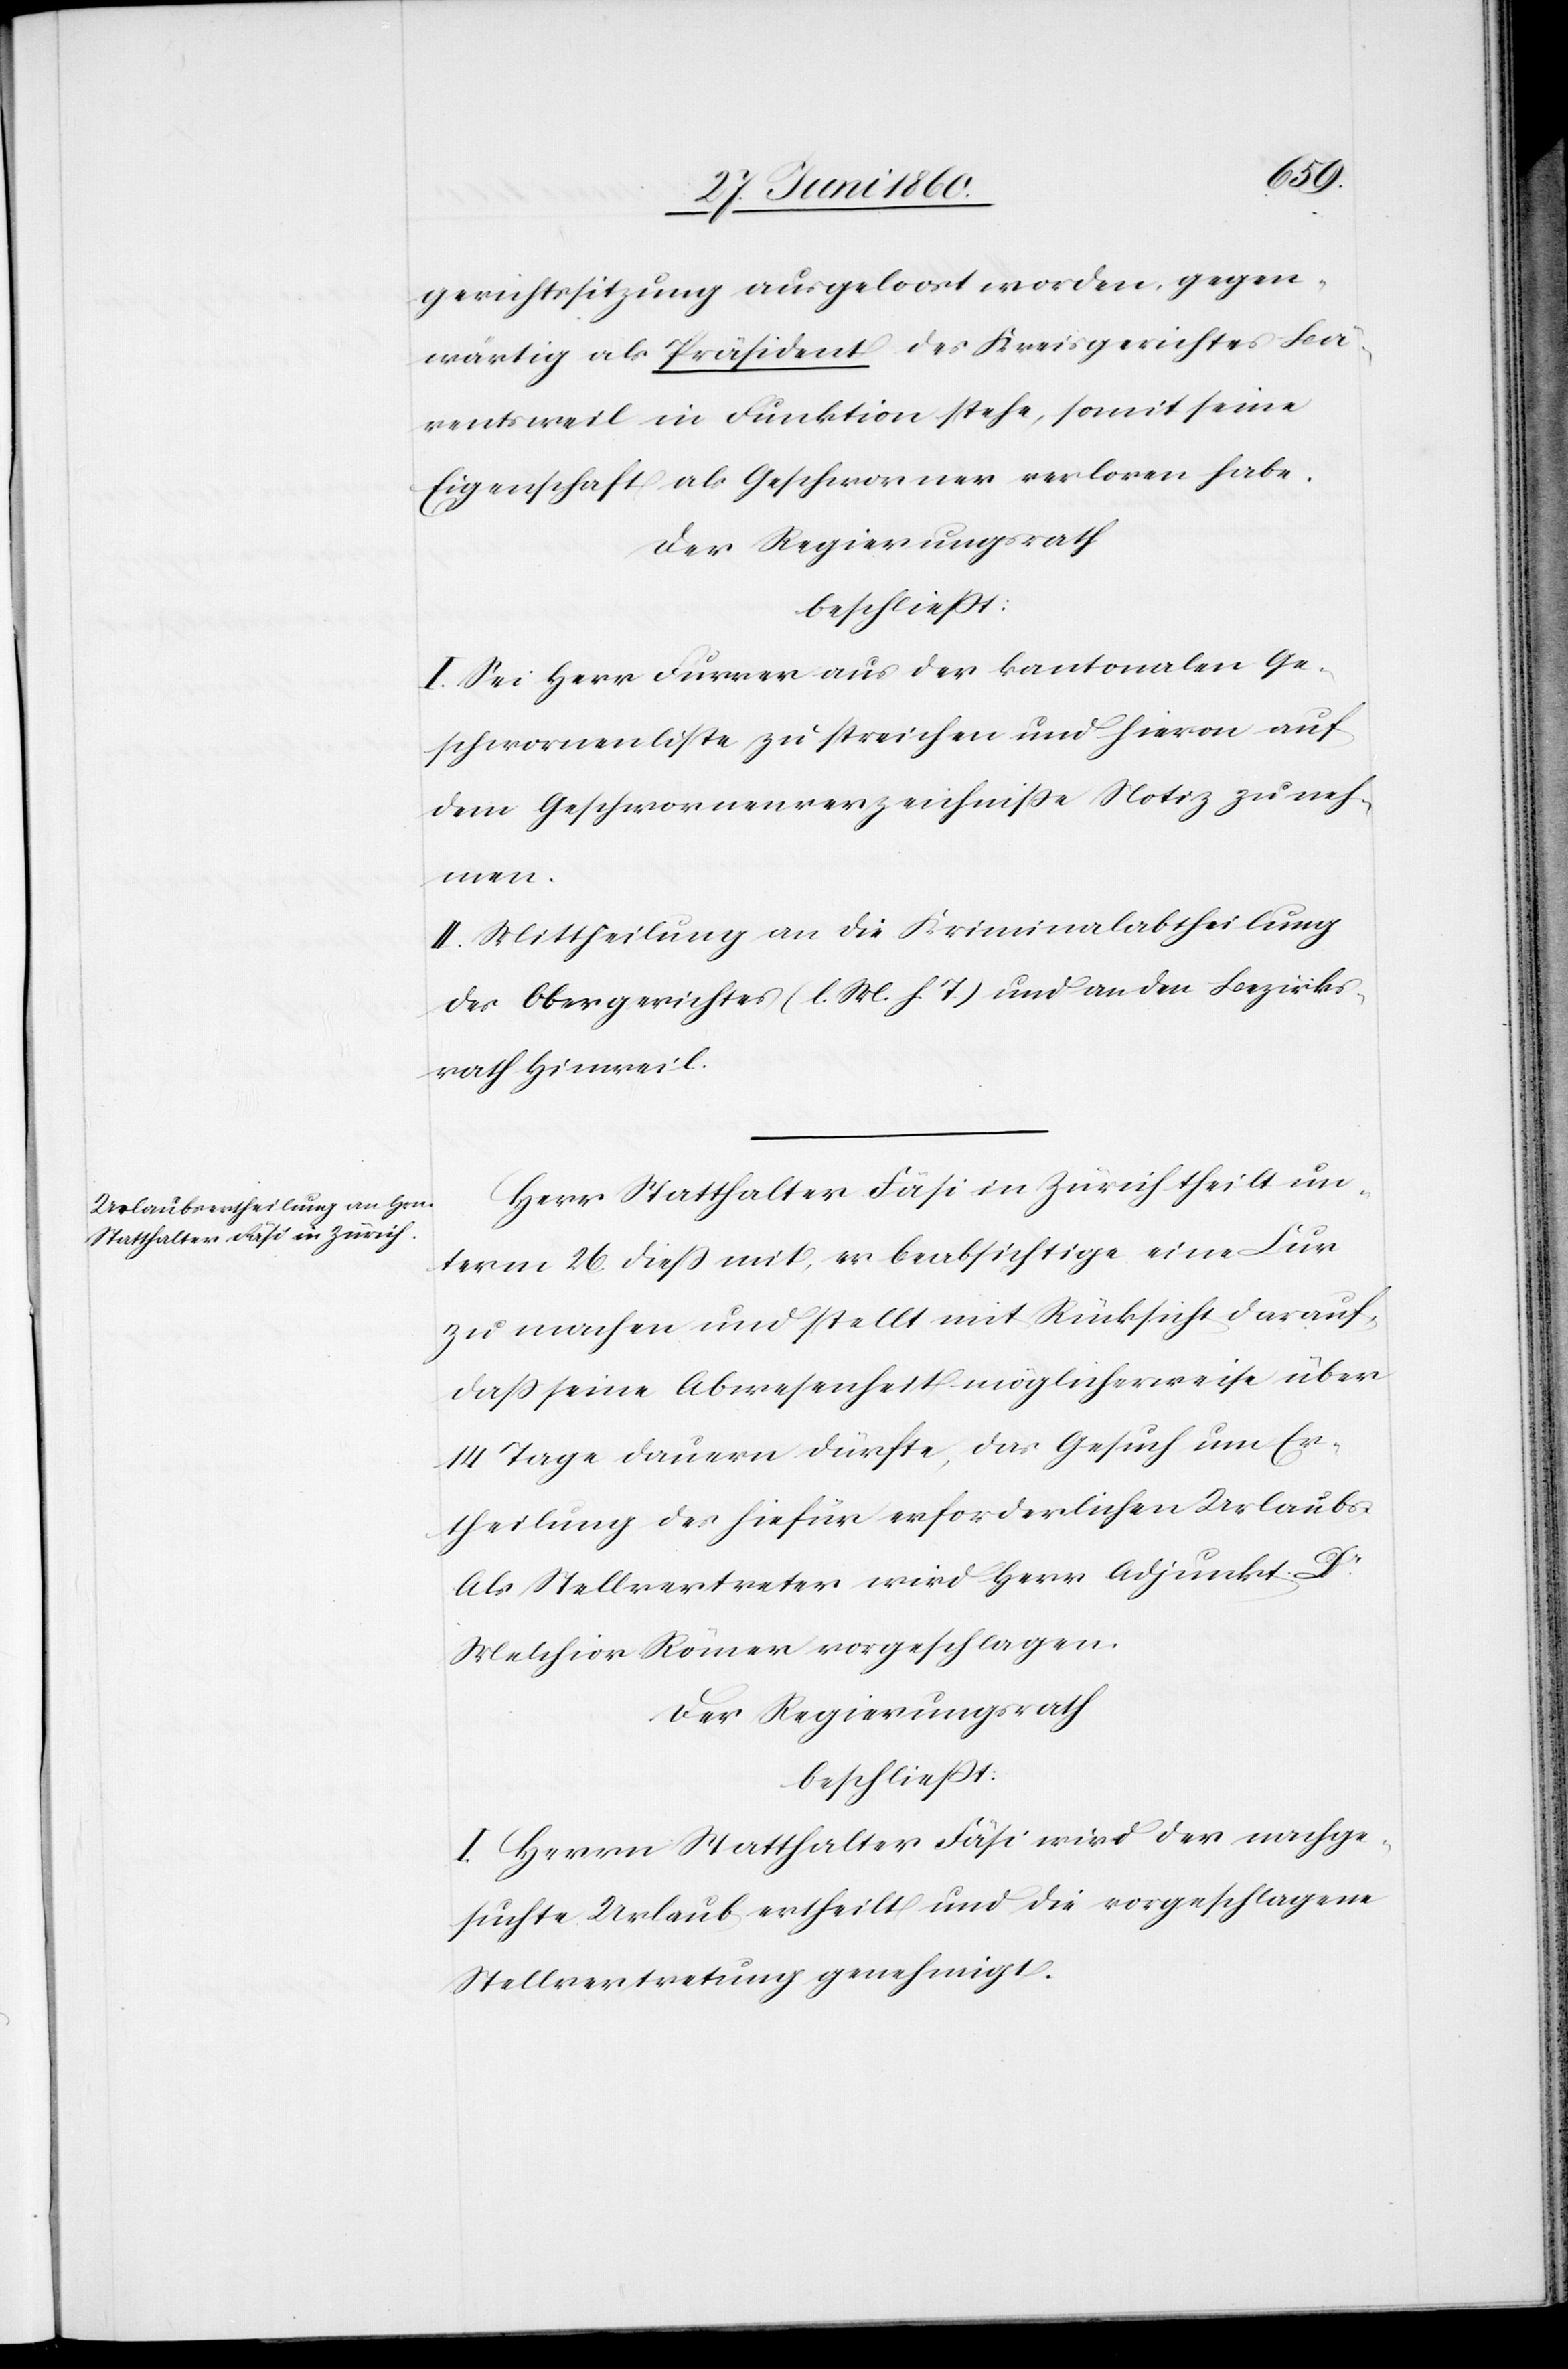
gerichtssitzung ausgeloost worden, gegen¬
wärtig als Präsident des Kreisgerichtes Bä¬
rentsweil in Funktion stehe, somit seine
Eigenschaft als Geschworner verloren habe.
Der Regierungsrath
beschliesst:
Sei Herr Furrer aus der kantonalen Ge¬
schwornenliste zu streichen und hievon auf
dem Geschwornenverzeichnisse Notiz zu neh¬
men.
II. Mittheilung an die Kriminalabtheilung
des Obergerichtes (l. M. h. T.) und an den Bezirks¬
rath Hinweil.
Herr Statthalter Fäsi in Zürich theilt un¬
term 26. diess mit, er beabsichtige eine Cur
zu machen und stellt mit Rücksicht darauf,
dass sein Abwesenheit möglicherweise über
14 Tage dauern dürfte, das Gesuch um Er¬
theilung des hiefür erforderlichen Urlaubs.
Als Stellvertreter wird Herr Adjunkt Dr
Melchior Römer vorgeschlagen.
Der Regierungsrath
beschliesst:
I. Herrn Statthalter Fäsi wird der nachge¬
suchte Urlaub ertheilt und die vorgeschlagene
Stellvertretung genehmigt.